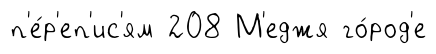
п'е́р'еп'ис'ям 208 М'еджя го́род'е